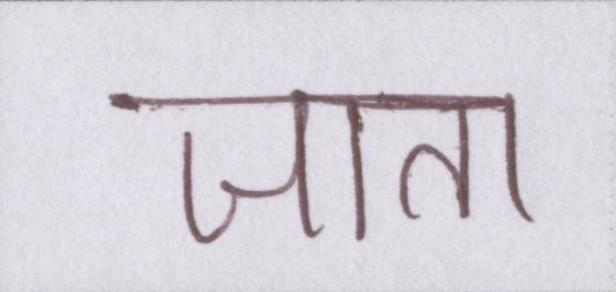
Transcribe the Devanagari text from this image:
जाता